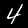
Label: 4